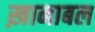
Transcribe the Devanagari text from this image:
ख़ानाबल